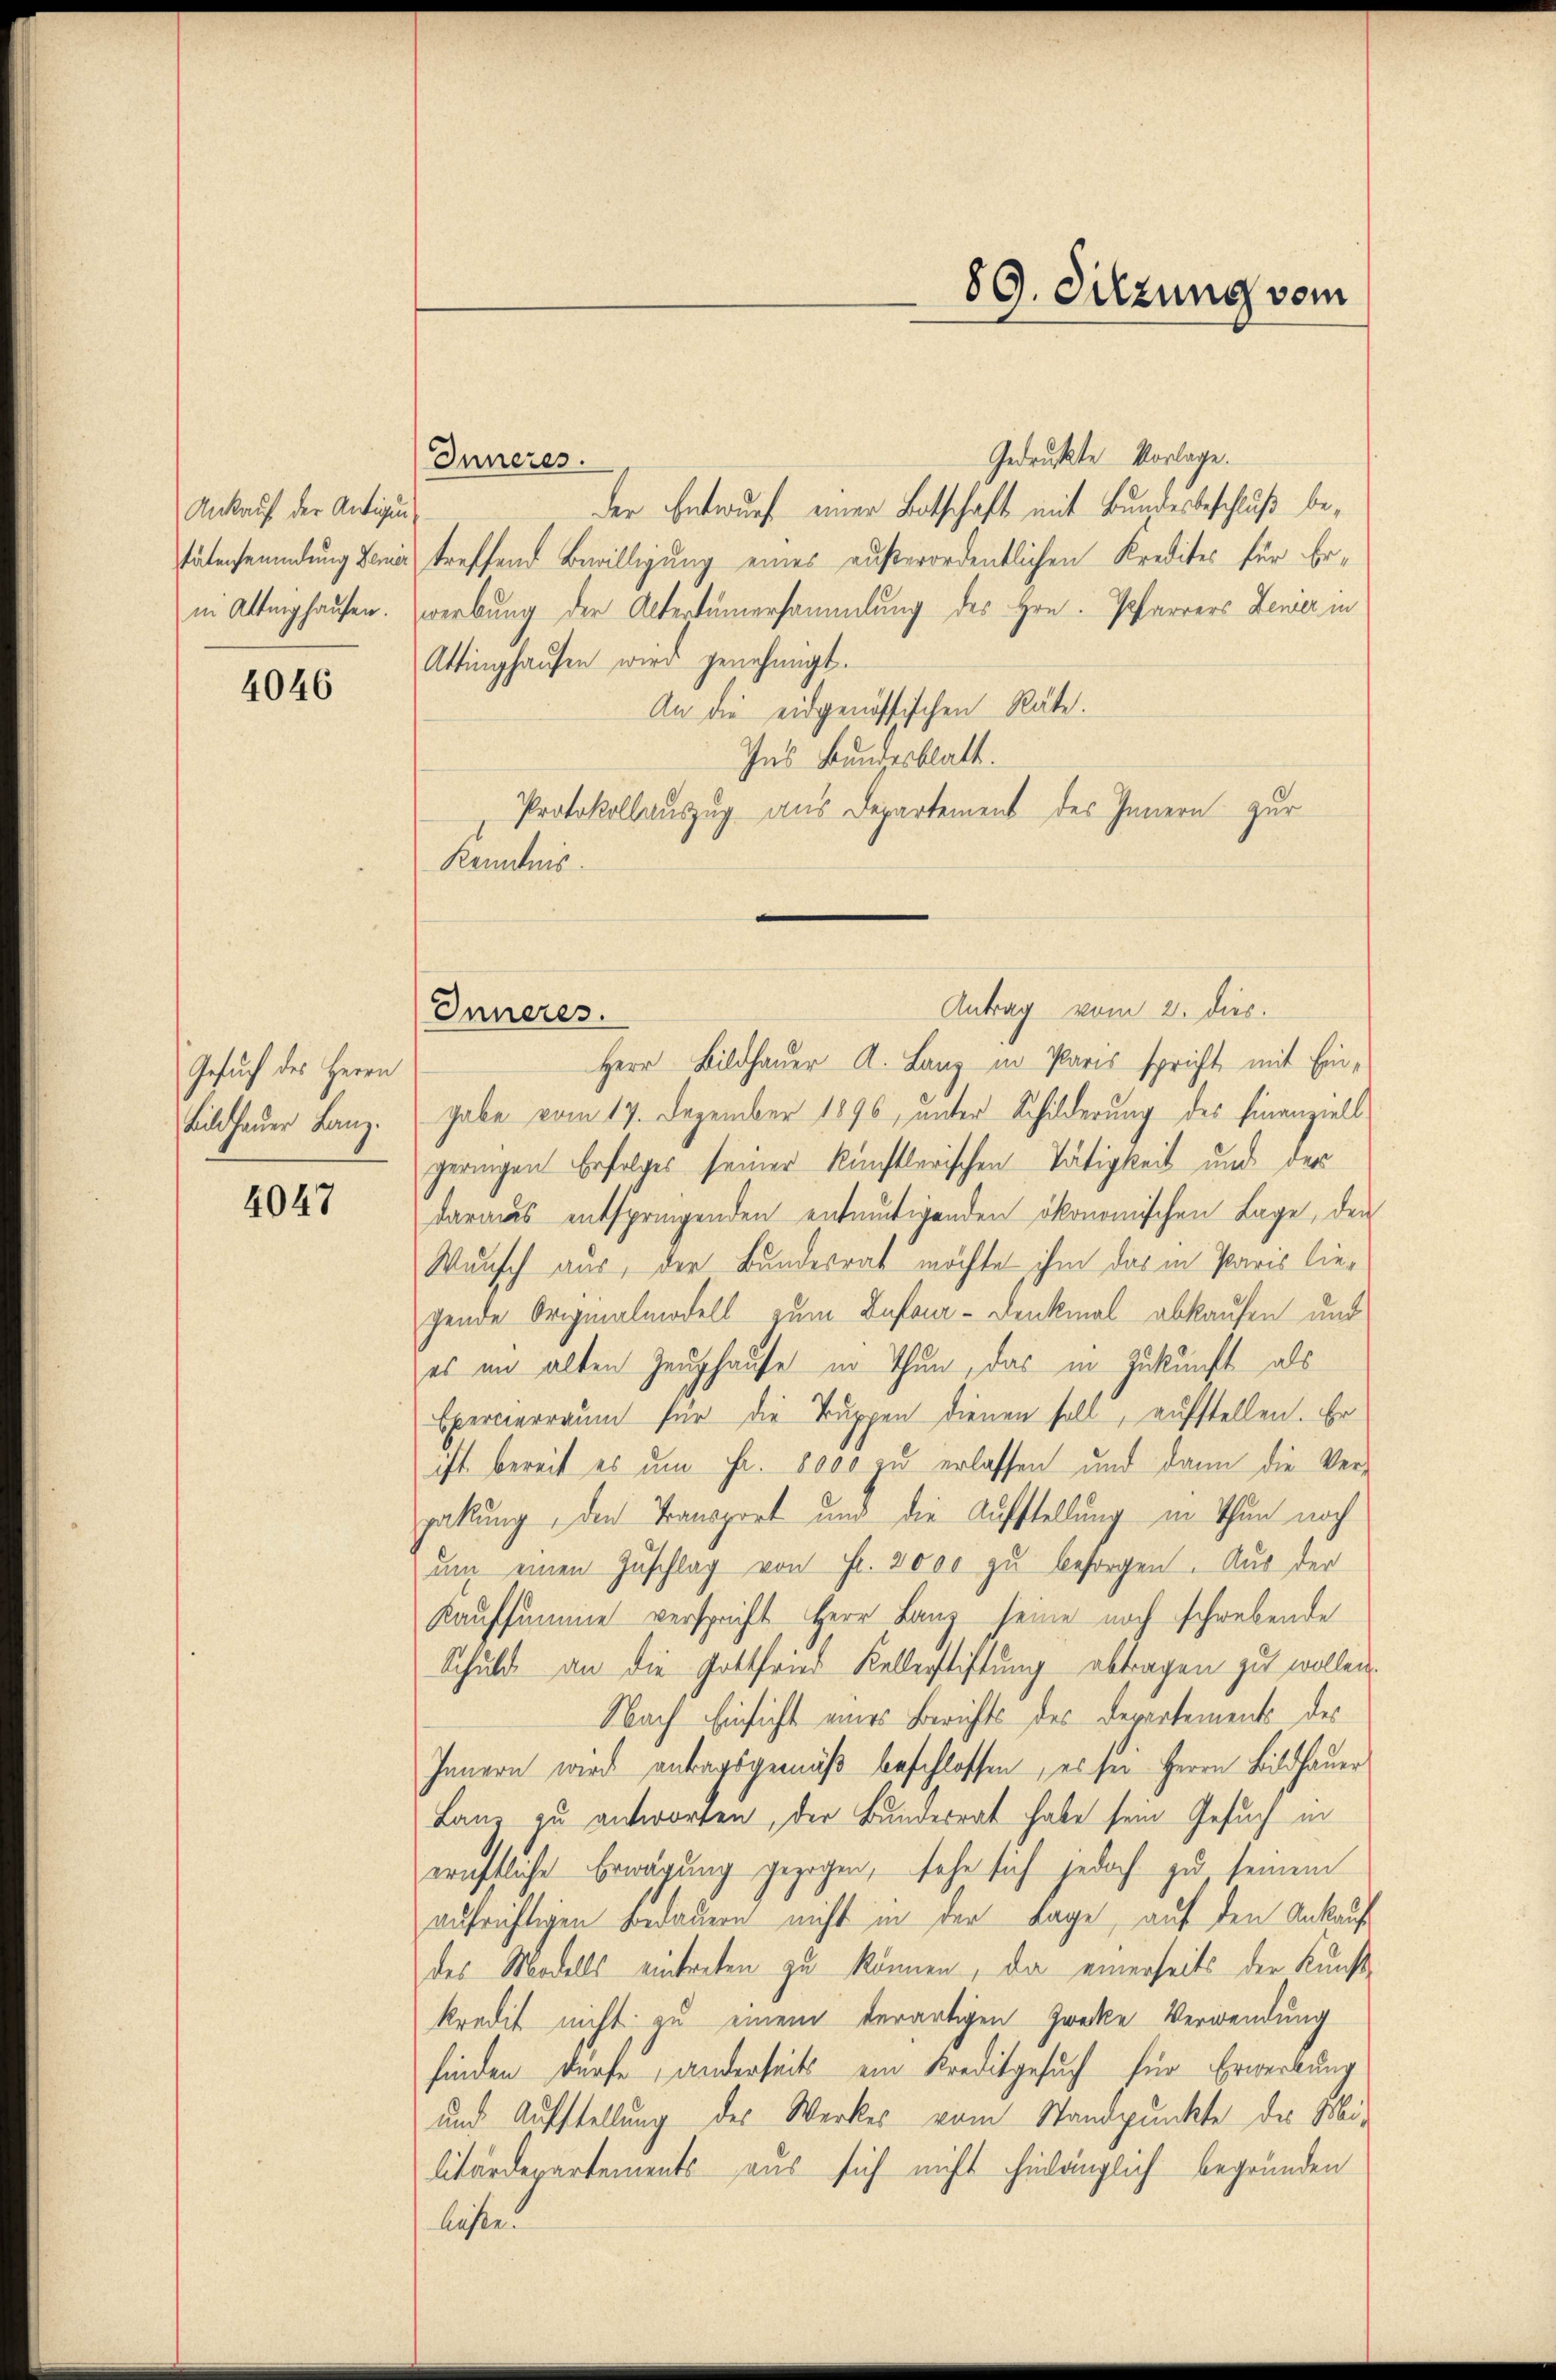
Ankauf der Antigung
in Alteighausen.

4046

Gesuch des Herrn
Bildhauer Lanz.

4047

Gedruckte Vorlage.
Inneres.
der Entwurf einer Entschaft mit Bundesbeschluß betätenseumdung dener treffend Bewilligung eines außerordentlichen Kredites für Erwerbung der Altertümersammlung des Hrn. Pfarrers Jener in
Attinghaŭsen wird genehmigt.
An die eidgenössischen Räte.
Ins Bundesblatt.
Protokollauszug aus Departement des Innern zur
Kenntnis

Inneres.

89. Sitzung vom

Antrag vom 2. dies
Herr Bildhauer A. Lanz in Paris spricht, mit Eingabe vom 17. Dezember 1896, unter Schilderung des Finanziell
geringen Erfolges seiner künstlerischen Tätigkeit und der
daraus entspringenden entmutigenden ökonomischen Lage, den
Wunsch aus, der Bundesrat möchte ihm das in Paris liegende Originalmodell zum Anfana-Denkmal abkaufen und
es im alten Zeughause in Thun, das in Zukunft als
Epercierraum für die Truppen dienen soll, aufstellen. Er
ist bereit es um Fr. 8000 zu erlassen und dann die Ver-
pakung, den Transport und die Aufstellung in Thun noch
ŭm einen Zuschlag von Fr. 2000 zu besorgen. Aus der
Kaufsumme verspricht Herr Lanz seine noch schwebende
Schuld an die Gottfried Kellerstiftung abtragen zu wollen.
Nach Einsicht eines Berichts des Departements des
Innern wird antragsgemäß beschlossen, es sei Herrn Bildhauer
Lanz zu antworten, der Bundesrat habe sein Gesuch in
ernftliche Erwägung gezogen, sehe sich jedoch zu seinem
aufrichtigen Bedauern nicht in der Lage, auf den Ankaufdes Modells eintreten zu können, da einerseits der Kunstkredit nicht zu einem derartigen Zwecke Verwendung
finden dürfe, anderseits ein Kreditgesuch für Erwerbung
und Aufstellung des Werkes vom Standpunkte des Mi-
litärdepartements aus sich nicht hinlänglich begründen
liessen.